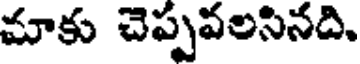
మాకు చెప్పవలసినది.